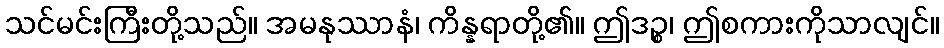
သင်မင်းကြီးတို့သည်။ အမနုဿာနံ၊ ကိန္နရာတို့၏။ ဤဒဉ္စ၊ ဤစကားကိုသာလျင်။